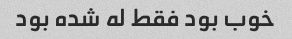
خوب بود فقط له شده بود